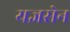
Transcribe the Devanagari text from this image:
यज्ञसेन